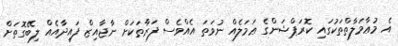
އެ މުޢާމަލާތްތަކުގައި ކޮރަޕްޝަންގެ ޢަމަލެއް ނުވަތަ އެއްވެސް ފަރާތަކަށް ނާޖާއިޒް ފައިދާއެއް ލިބޭގޮތަށް